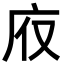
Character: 𢇯